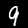
Digit: 9